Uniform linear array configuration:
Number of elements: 32
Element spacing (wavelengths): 0.25
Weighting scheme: uniform
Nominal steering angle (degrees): -60
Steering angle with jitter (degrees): -61.402
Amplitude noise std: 0.05
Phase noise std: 0.05

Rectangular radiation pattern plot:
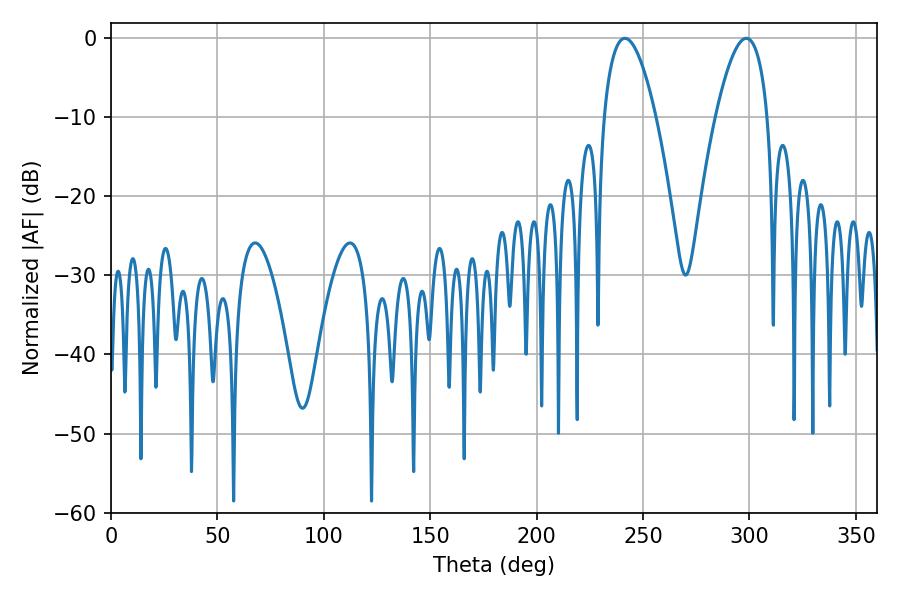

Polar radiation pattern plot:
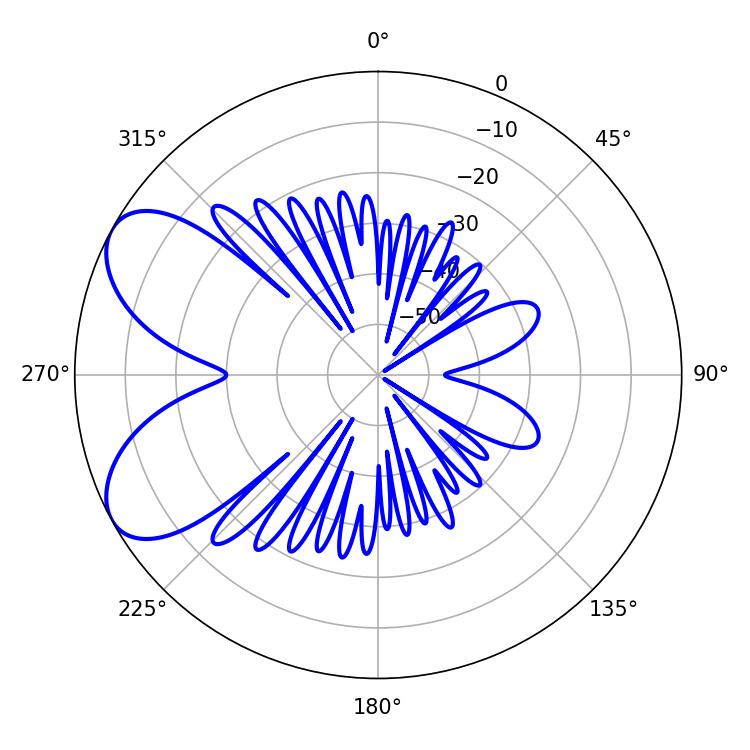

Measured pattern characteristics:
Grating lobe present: FALSE
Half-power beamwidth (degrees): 13.5
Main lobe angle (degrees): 298.62